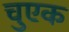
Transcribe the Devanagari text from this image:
चुएक